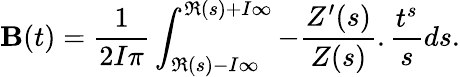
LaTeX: \mathbf{B}(t)=\frac{{1}}{{2I\pi}}\int_{\Re(s)-I\infty}^{\Re(s)+I\infty}-\frac{{Z^{\prime}(s)}}{{Z(s)}}.\frac{{t^{s}}}{{s}}ds.